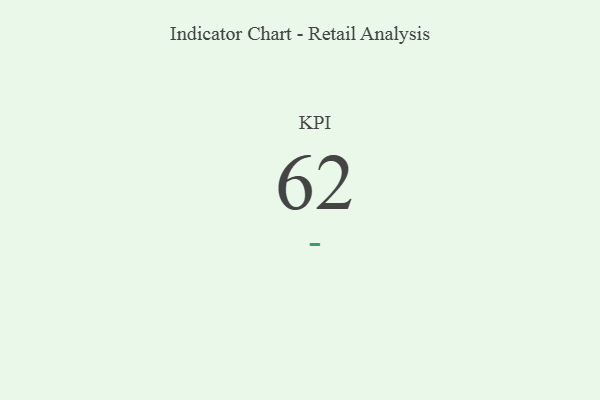
{"axis": {"x": "KPI", "y": "Value"}, "legend": [""], "data": [{"x": "KPI", "y": 62, "type": ""}]}